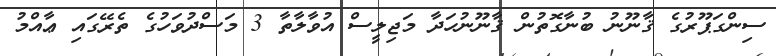
ސިންގަޕޫރުގެ ޤާނޫނު ބުނާގޮތުން ޤާނޫނުހަދާ މަޖިލީސް އުވާލާތާ 3 މަސްދުވަހުގެ ތެރޭގައި ޢާއްމު